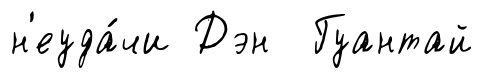
н'еуда́чи Дэн Гуантай